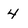
Character: 4